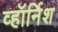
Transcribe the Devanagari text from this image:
व्हॉर्निश